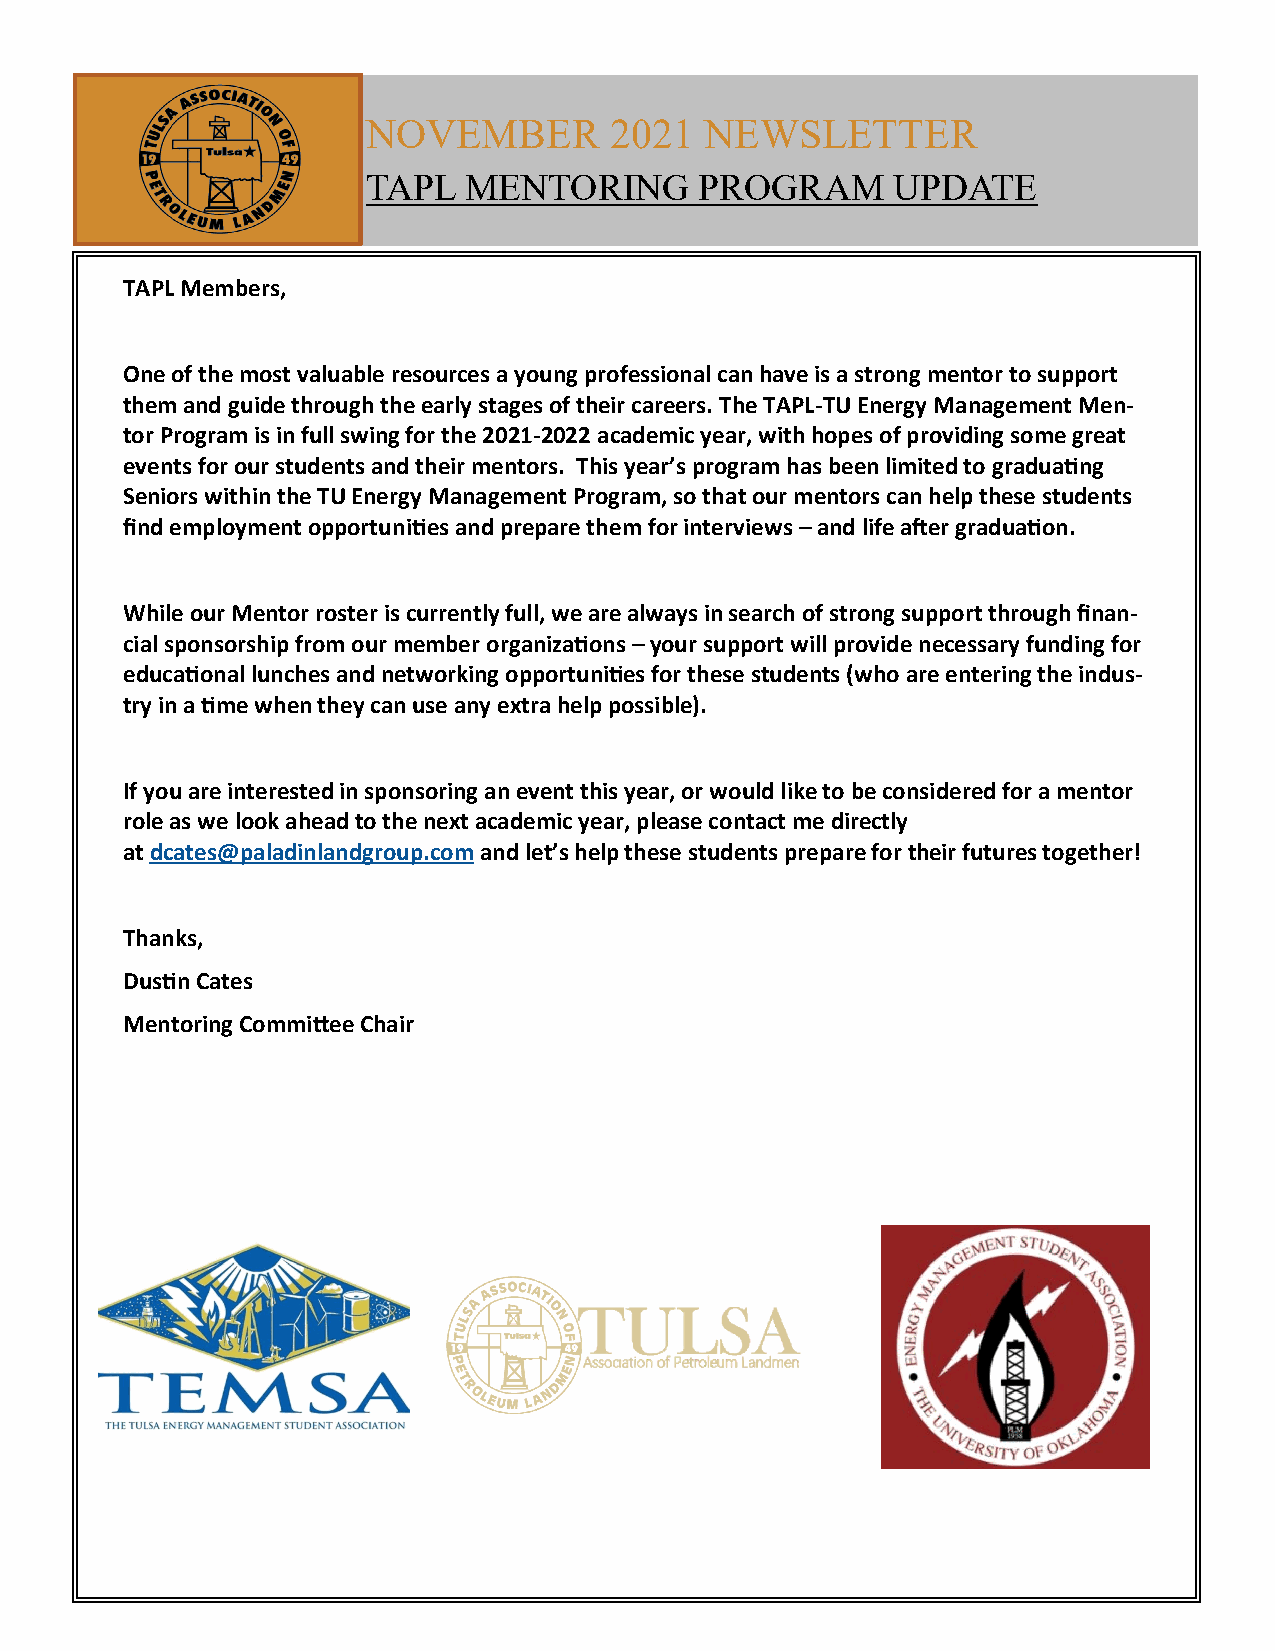
NOVEMBER        2021   NEWSLETTER
 TAPL   MENTORING      PROGRAM      UPDATE
 TAPL Members,
 One of the most valuable resources a young professional can have is a strong mentor to support
 them and guide through the early stages of their careers. The TAPL-TU Energy Management Men-
 tor Program is in full swing for the 2021-2022 academic year, with hopes of providing some great
 events for our students and their mentors. This year’s program has been limited to graduating
 Seniors within the TU Energy Management Program, so that our mentors can help these students
 find employment opportunities and prepare them for interviews – and life after graduation.
 While our Mentor roster is currently full, we are always in search of strong support through finan-
 cial sponsorship from our member organizations – your support will provide necessary funding for
 educational lunches and networking opportunities for these students (who are entering the indus-
 try in a time when they can use any extra help possible).
 If you are interested in sponsoring an event this year, or would like to be considered for a mentor
 role as we look ahead to the next academic year, please contact me directly
 at dcates@paladinlandgroup.com and let’s help these students prepare for their futures together!
 Thanks,
 Dustin Cates
 Mentoring Committee Chair